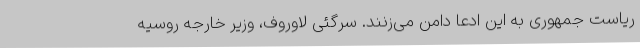
ریاست جمهوری به این ادعا دامن می‌زنند. سرگئی لاوروف، وزیر خارجه روسیه